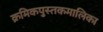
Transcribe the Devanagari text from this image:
क्रमिकपुस्तकमालिका